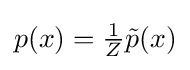
p(x)=\textstyle {\frac {1}{Z}}{\tilde {p}}(x)